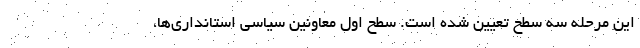
این مرحله سه سطح تعیین شده است. سطح اول معاونین سیاسی استانداری‌ها،